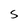
Character: S